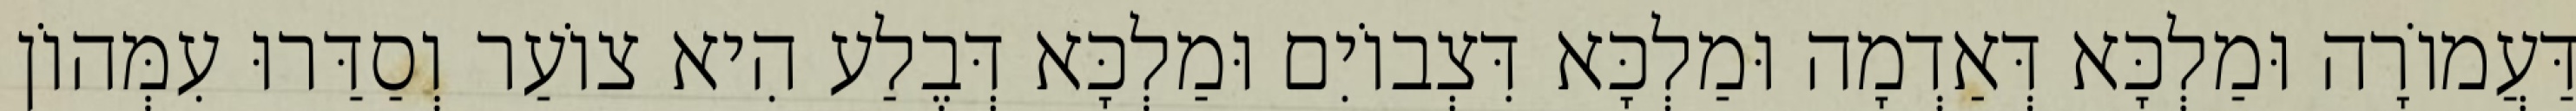
דַּעֲמוֹרָה וּמַלְכָּא דְּאַדְמָה וּמַלְכָּא דִּצְבוֹיִם וּמַלְכָּא דְּבֶלַע הִיא צוֹעַר וְסַדַּרוּ עִמְּהוֹן